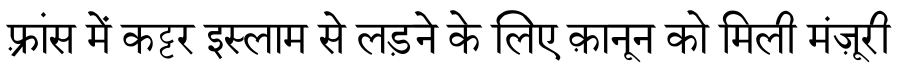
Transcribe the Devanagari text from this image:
फ़्रांस में कट्टर इस्लाम से लड़ने के लिए क़ानून को मिली मंज़ूरी